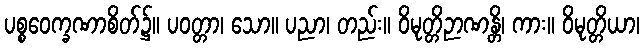
ပစ္စဝေက္ခဏာစိတ်၌။ ပဝတ္တာ၊ သော။ ပညာ၊ တည်း။ ဝိမုတ္တိဉာဏန္တိ၊ ကား။ ဝိမုတ္တိယာ၊